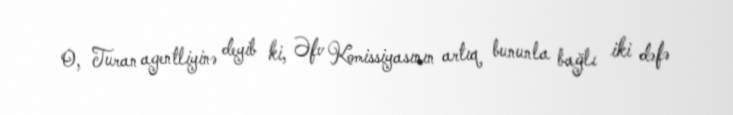
O, Turan agentliyinə deyib ki, Əfv Komissiyasının artıq bununla bağlı iki dəfə